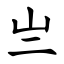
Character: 亗